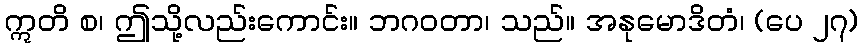
ဣတိ စ၊ ဤသို့လည်းကောင်း။ ဘဂဝတာ၊ သည်။ အနုမောဒိတံ၊ (ပေ ၂၇)